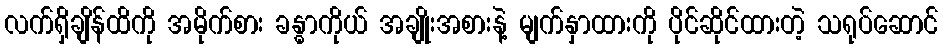
လက်ရှိချိန်ထိကို အမိုက်စား ခန္ဓာကိုယ် အချိုးအစားနဲ့ မျက်နှာထားကို ပိုင်ဆိုင်ထားတဲ့ သရုပ်ဆောင်